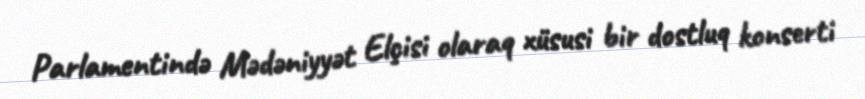
Parlamentində Mədəniyyət Elçisi olaraq xüsusi bir dostluq konserti